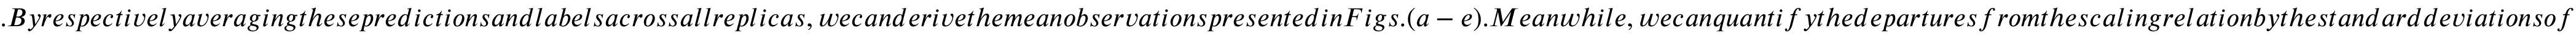
. B y r e s p e c t i v e l y a v e r a g i n g t h e s e p r e d i c t i o n s a n d l a b e l s a c r o s s a l l r e p l i c a s , w e c a n d e r i v e t h e m e a n o b s e r v a t i o n s p r e s e n t e d i n F i g s . ( a - e ) . M e a n w h i l e , w e c a n q u a n t i f y t h e d e p a r t u r e s f r o m t h e s c a l i n g r e l a t i o n b y t h e s t a n d a r d d e v i a t i o n s o f